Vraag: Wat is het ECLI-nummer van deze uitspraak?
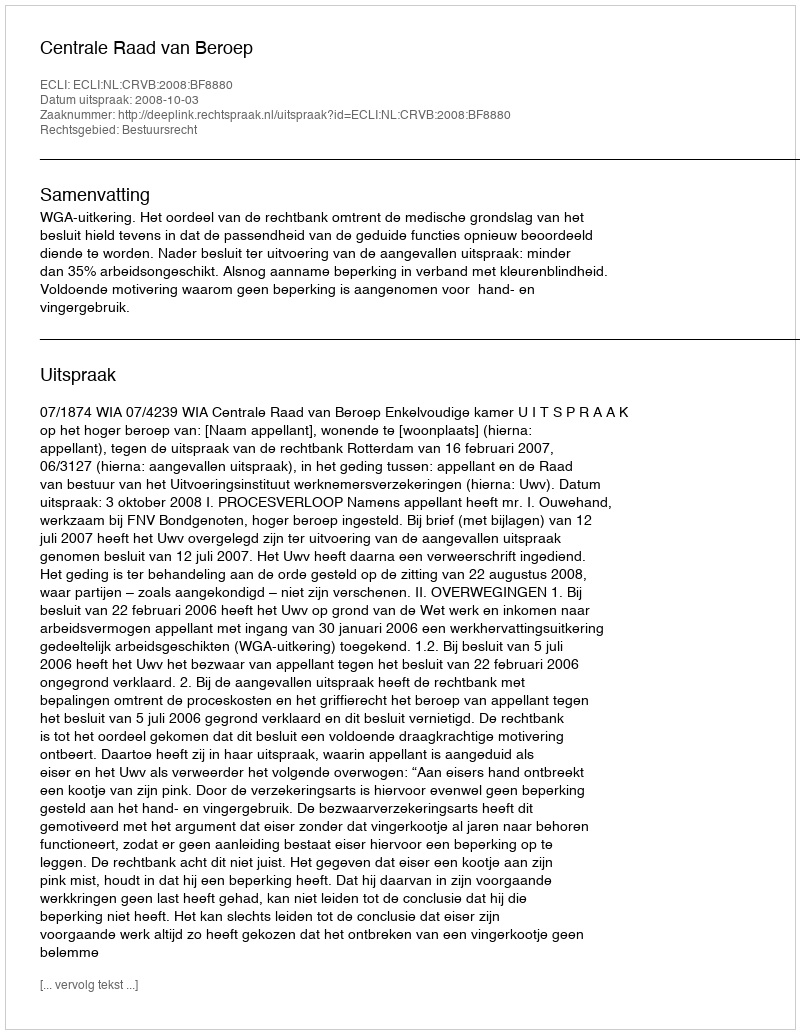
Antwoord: ECLI:NL:CRVB:2008:BF8880